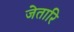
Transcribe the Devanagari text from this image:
जेतारि